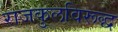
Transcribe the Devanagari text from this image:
राजकुलविरूद्ध